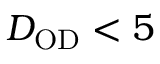
D _ { \mathrm { O D } } < 5